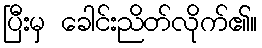
ပြီးမှ ခေါင်းညိတ်လိုက်၏။